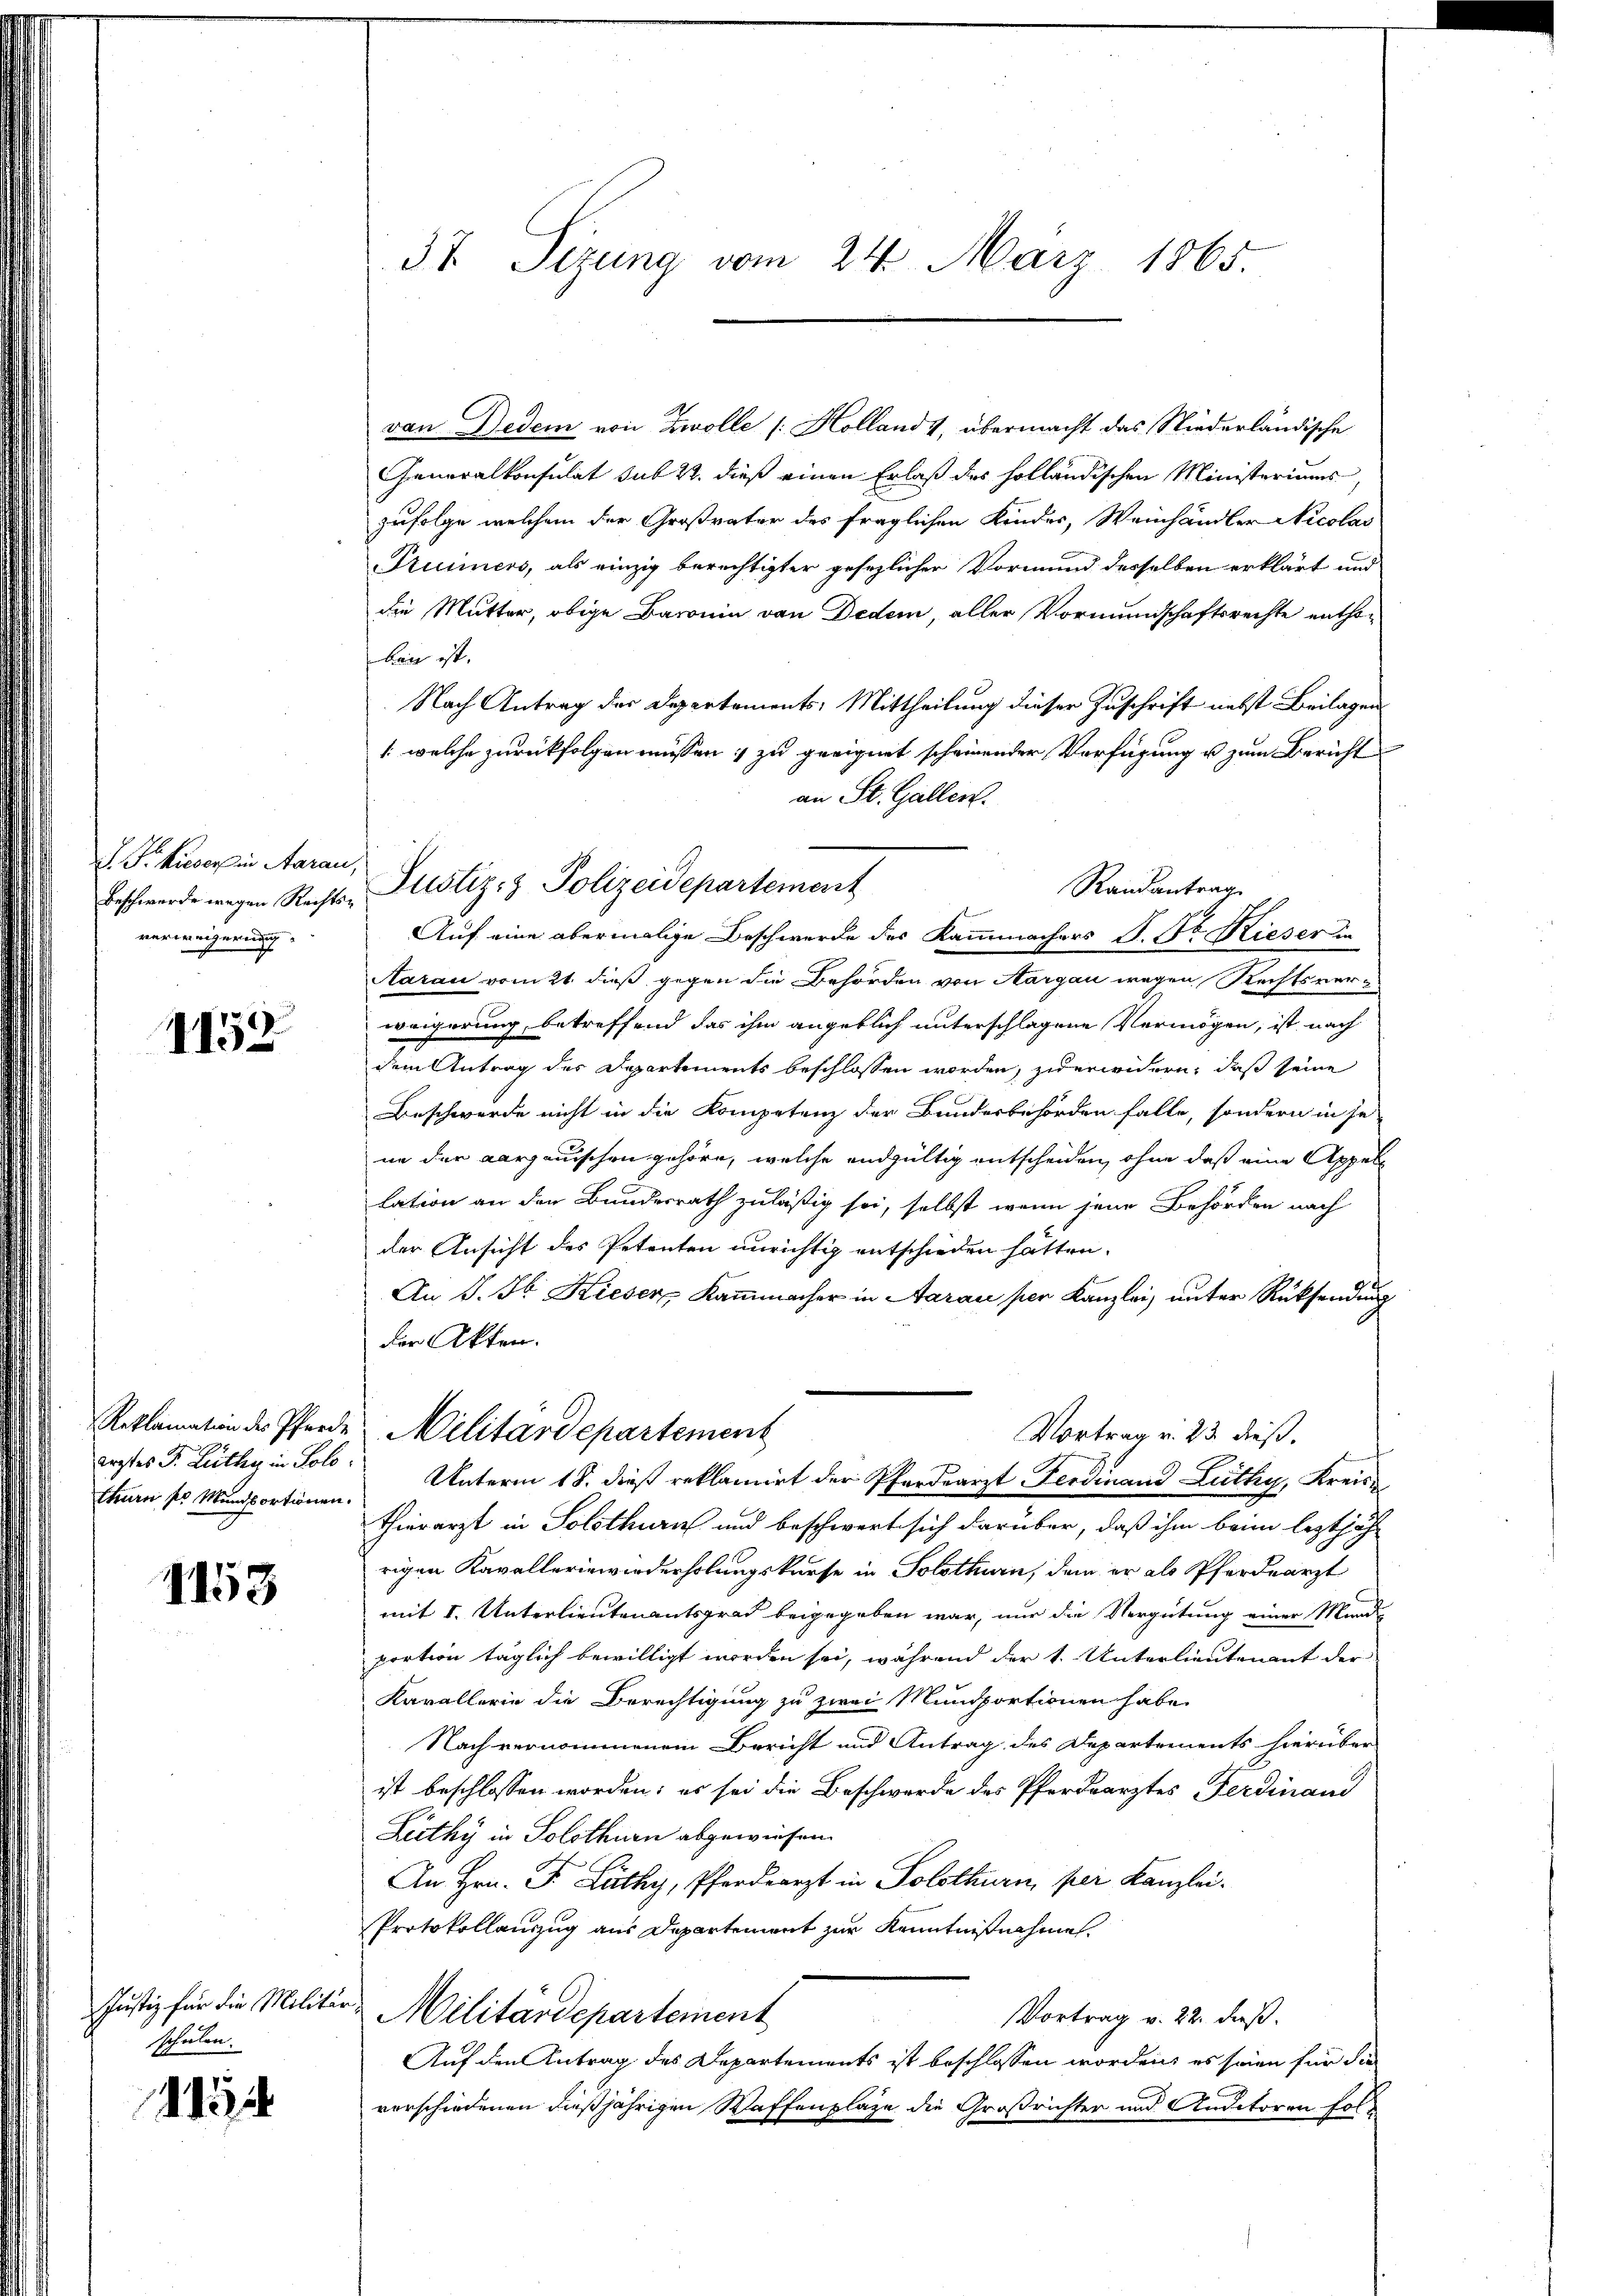
F. P. kuvor in Aarau,
Beschwerde wegen Rechtsverweigerung

1152

Reklamation des Pferde
erztes F. Lüthy in Solo
thurn so Mundsortionen.

1153

Justiz für die Militär-
schulen.
145

37 Sizung vom 24. März 1865.

van Dedem von Zwolle [Holland 4, übermacht das Niederländische
Generalkonsulat sub 22. dieß einen Erlaß des holländischen Ministeriums
zufolge welchem der Großvater des fraglichen Kindes, Weinhändler Nicolas
Prunners, als einzig berechtigter gesezlicher Vormund derselben erklärt und
die Mutter, obige Baronin von Dedem, aller Vormundschaftsrechte enthohens ist.
Nach Antrag der Departements, Mittheilung dieser Zuschrift nebst Beilagen
/: welche zurückfolgen müssen zu geeignet scheinender Verfügung u. zum Bericht
an St. Gallen.
Auf eine abermalige Beschwerde des Kammmachers S. St. Kieser da
Aarau vom 2t dieß gegen die Behörden von Aargau wegen Rechtsver-
weigerung, betreffend das ihm angeblich unterschlagene Vermögen, ist nach
dem Antrag des Departements beschlossen worden, zu erwidern, daß seine
Beschwerde nicht in die Kompetenz der Bundesbehörden falle, sondern in je
ne der aargauischen gehöre, welche endgültig entscheiden, ohne daß eine Appellation an den Bundesrath zuläßig sei, selbst wenn jene Behörden nach
der Ansicht des Petenten unrichtig entschieden hätten.
An J. H. Kieser Kammmacher in Aarau per Kanzlei, unter Rücksendung
der Akten.
Militärdepartement
Vortrag v. 23 dieß.
Unterm 18. dieß reklamirt der Pferdearzt Ferdinand Lüthy, Kreise
thierarzt in Solothurn und beschwert sich darüber, daß ihm beim leztjäh
rigen Kavallerinwiederholungskaufe in Solothurn, dem er als Pferdearzt
mit I. Unterlieutenantsgrad beigegeben war, nur die Vergütung einer Mundi-
portion täglich bewilligt worden sei, während der 1. Unterlieutenant der
Kavallerie die Berechtigung zu zwei Mundportionen habe
Nach vernommenen Bericht und Antrag des Departements hierüber
ist beschlossen worden; es sei die Beschwerde des Pferdearztes Ferdinand
Lüthy in Solothurn abgewiesen.
An Hrn. F. Lüthy, Pferdearzt in Solothurn, per Kanzlei.
Protokollauszug aus Departement zur Kenntnißnahme
Militärdepartement
Vortrag v. 22. dieß.
Auf den Antrag des Departements ist beschlossen worden, es seien für die
verschiedenen dießjährigen Waffenplaze die Großrichter und Andetoren fol¬

Justiz & Polizeidepartement
Randantrag